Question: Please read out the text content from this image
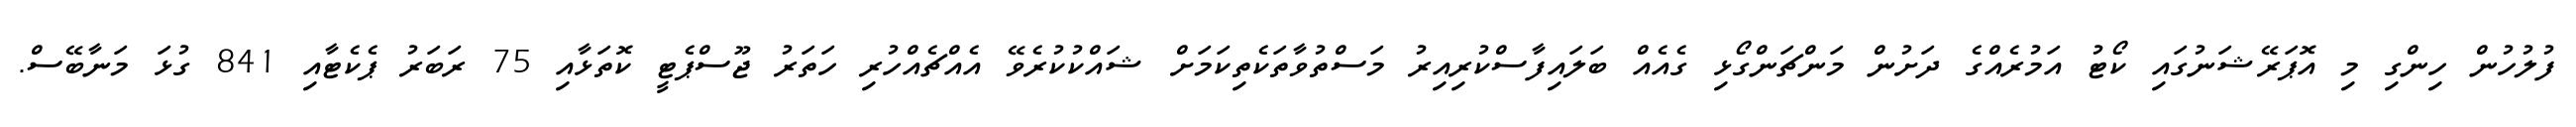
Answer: ފުލުހުން ހިންގި މި އޮޕަރޭޝަނުގައި ކޯޓު އަމުރެއްގެ ދަށުން މަންޗަންގޯޅި ގެއެއް ބަލައިފާސްކުރިއިރު މަސްތުވާތަކެތިކަމަށް ޝައްކުކުރެވޭ އެއްޗެއްހުރި ހަތަރު ޖޫސްޕެޓީ ކޮތަޅާއި 75 ރަބަރު ޕެކެޓާއި 841 ގުޅަ މަނާބޭސް.